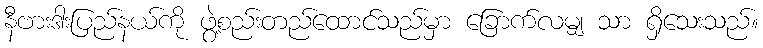
နီဗားဒါးပြည်နယ်ကို ဖွဲ့စည်းတည်ထောင်သည်မှာ ခြောက်လမျှ သာ ရှိသေးသည်။